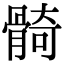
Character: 𩩛